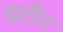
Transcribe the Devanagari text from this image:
दाटीत